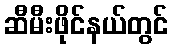
ဆီမီးဖိုင်နယ်တွင်